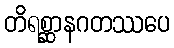
တိရစ္ဆာနဂတဿပေ